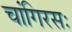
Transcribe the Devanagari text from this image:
चांगिरसः